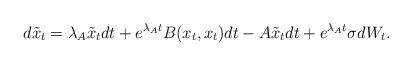
LaTeX: \begin{align*} d \tilde{x}_t = \lambda_A \tilde{x}_t dt + e^{\lambda_A t}B(x_t,x_t)dt - A\tilde{x}_t dt + e^{\lambda_A t}\sigma dW_t.\end{align*}